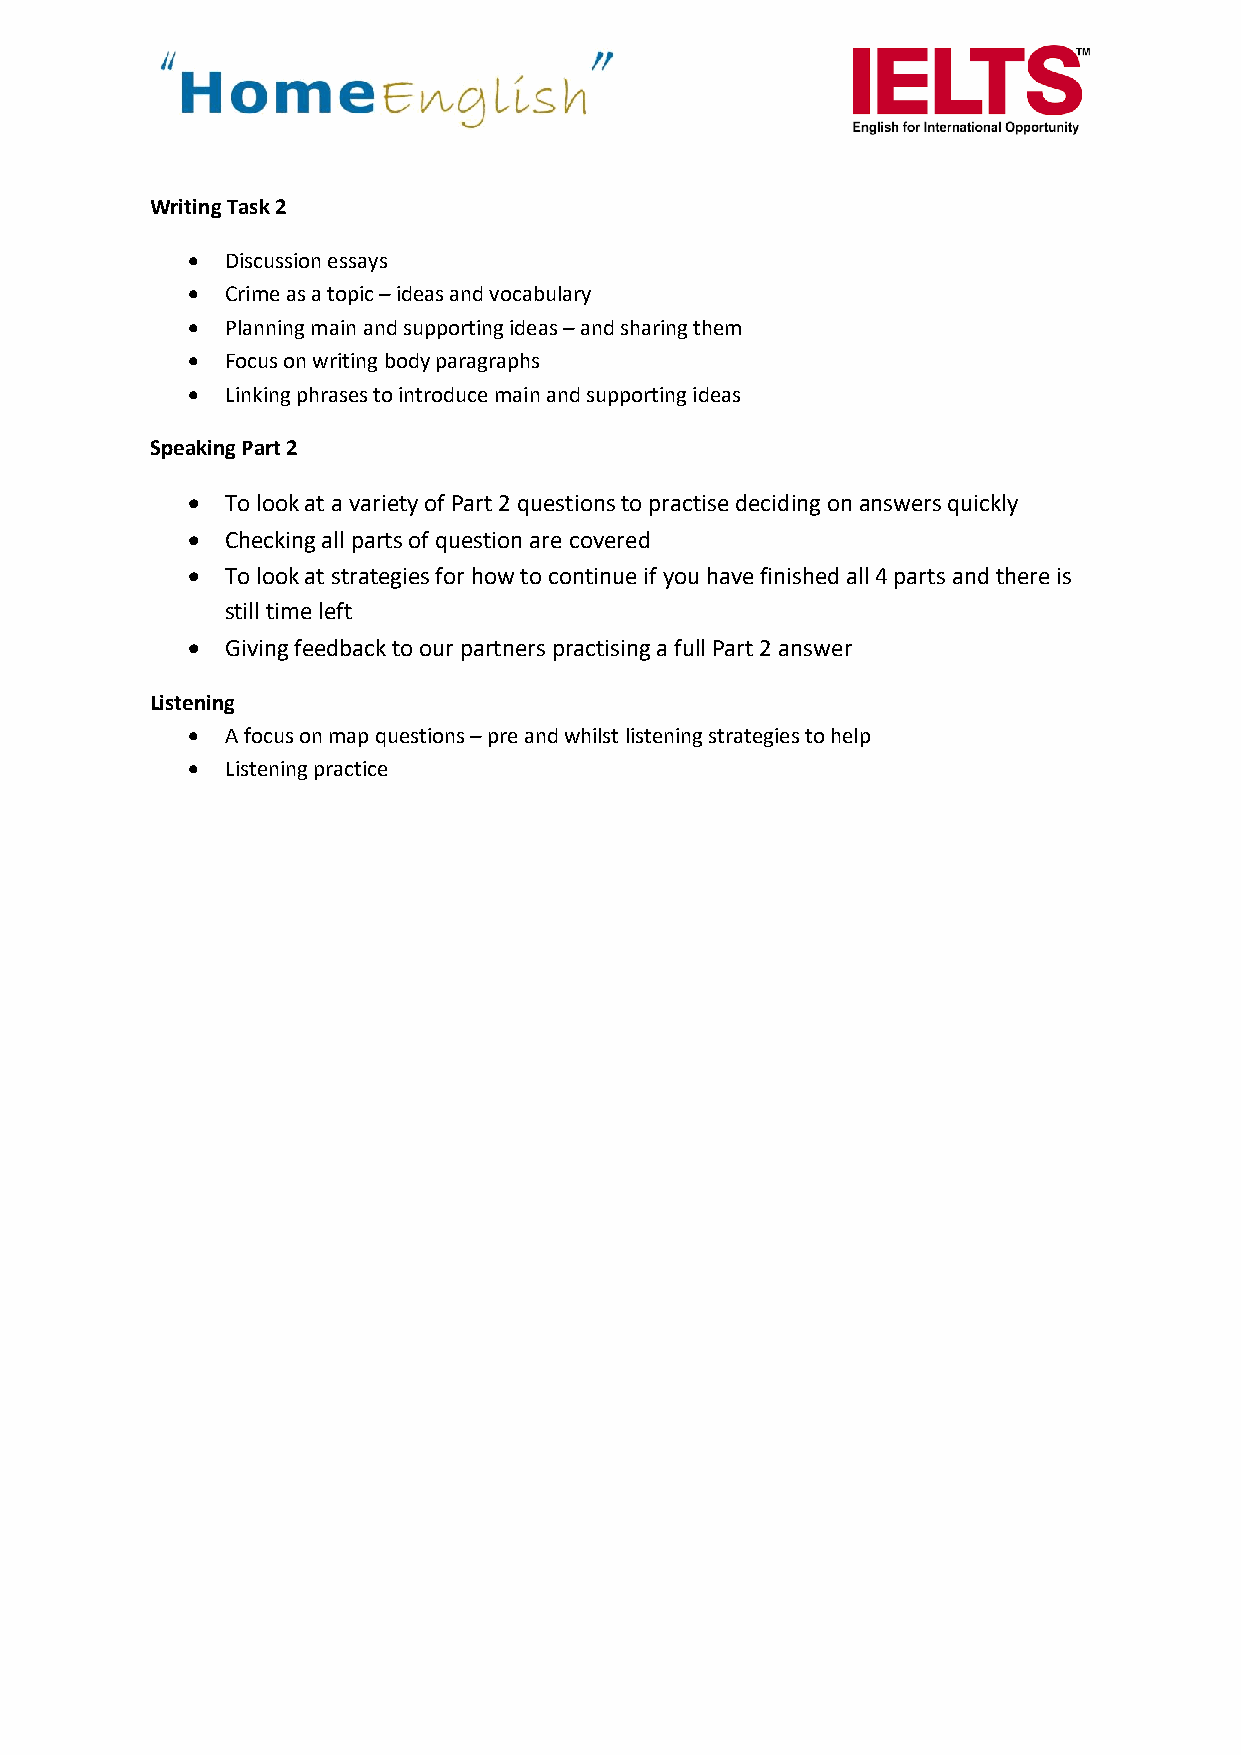
Writing Task 2
 •  Discussion essays
 •  Crime as a topic – ideas and vocabulary
 •  Planning main and supporting ideas – and sharing them
 •  Focus on writing body paragraphs
 •  Linking phrases to introduce main and supporting ideas
 Speaking Part 2
 •  To look at a variety of Part 2 questions to practise deciding on answers quickly
 •  Checking all parts of question are covered
 •  To look at strategies for how to continue if you have finished all 4 parts and there is
 still time left
 •  Giving feedback to our partners practising a full Part 2 answer
 Listening
 •  A focus on map questions – pre and whilst listening strategies to help
 •  Listening practice